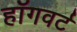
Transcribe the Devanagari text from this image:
हॉगवर्ट